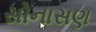
સોનાસણ